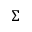
\Sigma